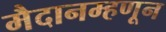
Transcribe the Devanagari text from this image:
मैदानम्हणून